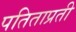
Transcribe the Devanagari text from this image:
पतिताप्रती